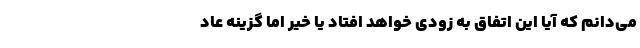
می‌دانم که آیا این اتفاق به زودی خواهد افتاد یا خیر اما گزینه عاد